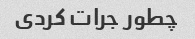
چطور جرات کردی